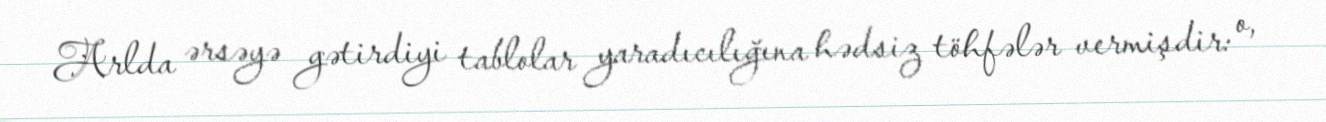
Arlda ərsəyə gətirdiyi tablolar yaradıcılığına hədsiz töhfələr vermişdir: o,